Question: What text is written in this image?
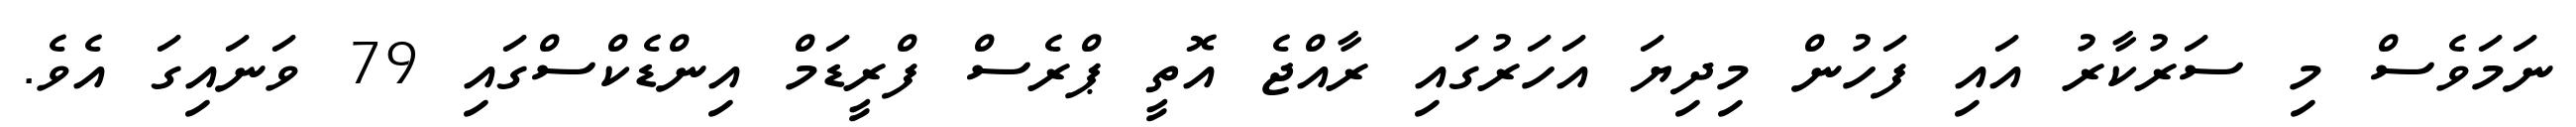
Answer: ނަމަވެސް މި ސަރުކާރު އައި ފަހުން މިދިޔަ އަހަރުގައި ރާއްޖެ އޮތީ ޕްރެސް ފްރީޑަމް އިންޑެކްސްގައި 79 ވަނައިގަ އެވެ.